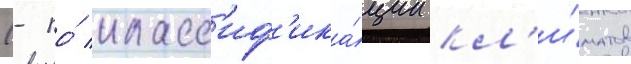
(- по́ класс'иф'ика́ции кл'и́матов